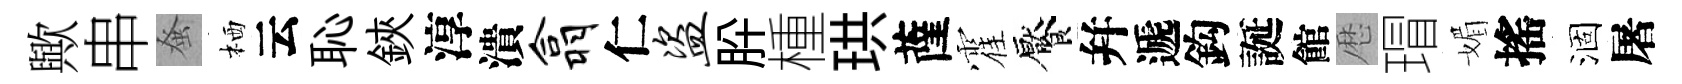
歟串𫊫栖云恥鋏淳潰翕仁盗肸㮔珙薩霍饜幷遞鈎誕館厯瑁媚搖涸屠